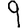
Digit: 9